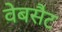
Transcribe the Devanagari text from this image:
वेबसैट